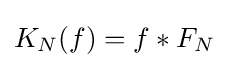
K_{N}(f)=f*F_{N}